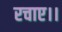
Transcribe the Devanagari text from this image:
रचाए।।